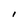
Character: l